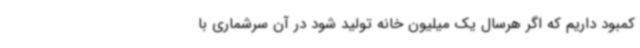
کمبود داریم که اگر هرسال یک میلیون خانه تولید شود در آن سرشماری با